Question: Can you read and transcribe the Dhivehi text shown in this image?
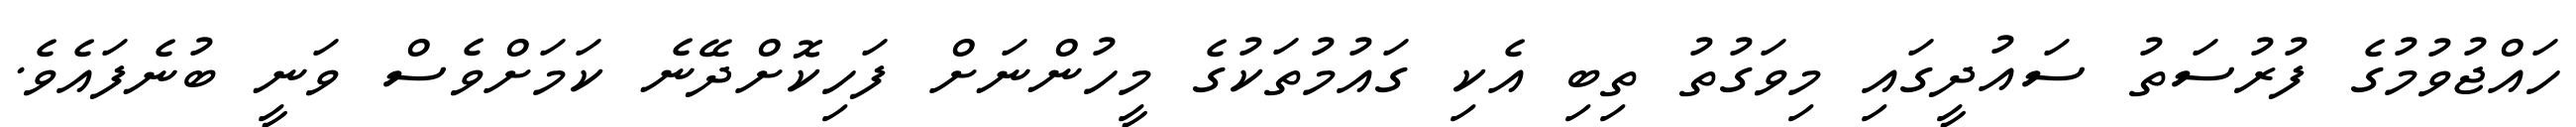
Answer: ހައްޖުވުމުގެ ފުރުސަތު ސައުދީގައި މިވަގުތު ތިބި އެކި ގައުމުތަކުގެ މީހުންނަށް ފަހިކޮށްދޭނެ ކަމަށްވެސް ވަނީ ބުނެފައެވެ.